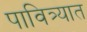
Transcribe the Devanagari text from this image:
पावित्र्यात